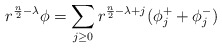
\begin{align*} r^{\frac n2-\lambda}\phi=\sum_{j\geq 0}r^{\frac n2-\lambda+j}(\phi^+_j+\phi_j^-) \end{align*}